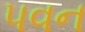
પવન